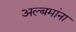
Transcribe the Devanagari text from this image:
अल्बमांना